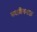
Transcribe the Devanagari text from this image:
सदाशिवभाऊ